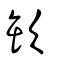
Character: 缼